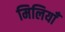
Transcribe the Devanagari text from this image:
मिलियाँ